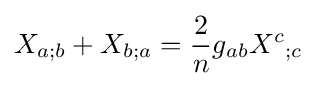
X_{a;b}+X_{b;a}={\frac {2}{n}}g_{ab}X^{c}{}_{;c}